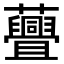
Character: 𧄸